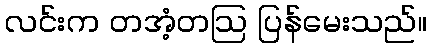
လင်းက တအံ့တဩ ပြန်မေးသည်။